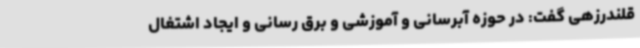
قلندرزهی گفت: در حوزه آبرسانی و آموزشی و برق رسانی و ایجاد اشتغال